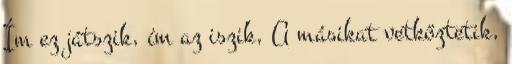
Ím ez játszik, ím az iszik, A másikat vetkőztetik,